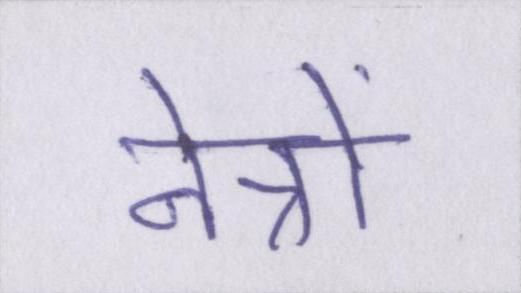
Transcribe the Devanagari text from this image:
नेत्रों